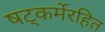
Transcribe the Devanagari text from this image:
षट्‍कर्मेरहित